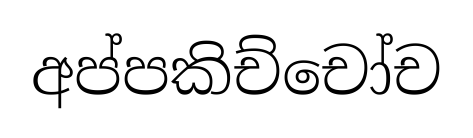
අප්පකිච්චෝච